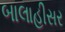
બાલાહીસર